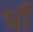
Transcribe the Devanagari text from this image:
भ्रौं